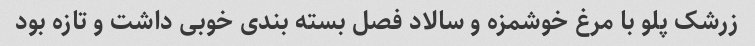
زرشک پلو با مرغ خوشمزه و سالاد فصل بسته بندی خوبی داشت و تازه بود